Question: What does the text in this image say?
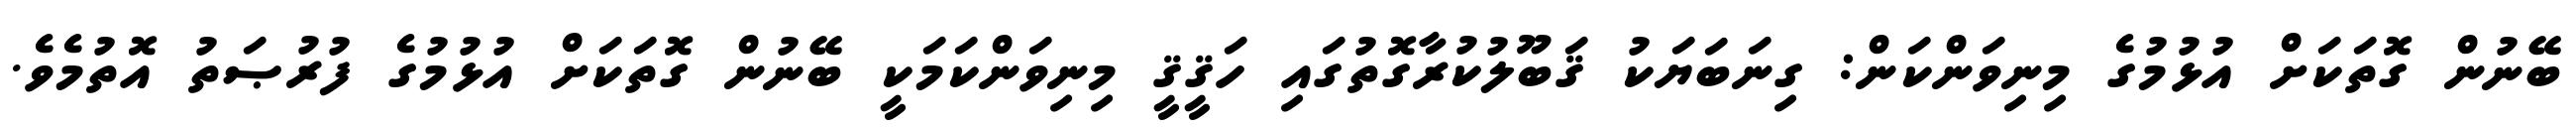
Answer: ބޭނުން ގޮތަކަށް އުޅުމުގެ މިނިވަންކަން: ގިނަބަޔަކު ޤަބޫލުކުރާގޮތުގައި ހަޤީޤީ މިނިވަންކަމަކީ ބޭނުން ގޮތަކަށް އުޅުމުގެ ފުރުޞަތު އޮތުމެވެ.